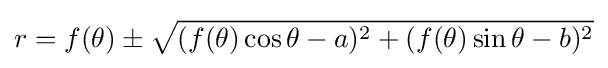
r=f(\theta )\pm {\sqrt {(f(\theta )\cos \theta -a)^{2}+(f(\theta )\sin \theta -b)^{2}}}